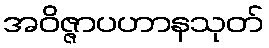
အဝိဇ္ဇာပဟာနသုတ်